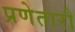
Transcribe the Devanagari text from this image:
प्रणेतारौ